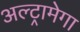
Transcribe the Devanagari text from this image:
अल्ट्रामेगा